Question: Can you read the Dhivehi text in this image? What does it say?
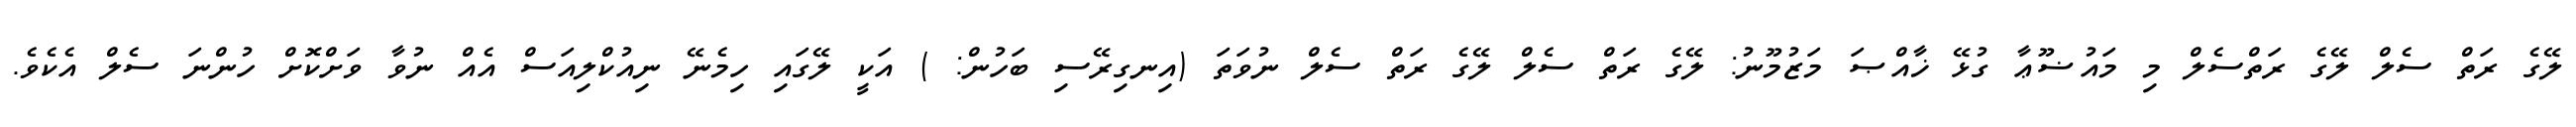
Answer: ލޭގެ ރަތް ސެލް ލޭގެ ރަތްސެލް މި މައުޟޫޢާ ގުޅޭ ޚާއްޞަ މަޒުމޫނު: ލޭގެ ރަތް ސެލް ލޭގެ ރަތް ސެލް ނުވަތަ (އިނގިރޭސި ބަހުން: ) އަކީ ލޭގައި ހިމެނޭ ނިއުކްލިއަސް އެއް ނުވާ ވަށްކޮށް ހުންނަ ސެލް އެކެވެ.